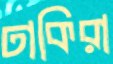
ঢাকিরা